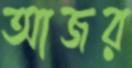
আজর